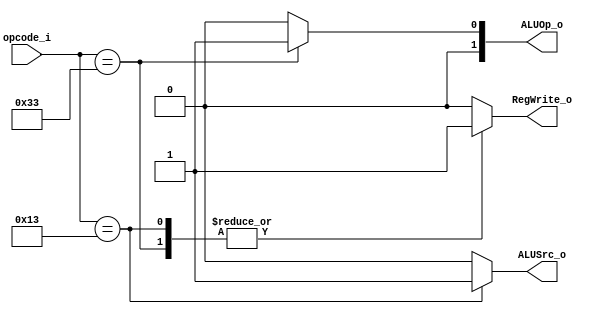
module Control
(
    opcode_i, 
    ALUOp_o, 
    ALUSrc_o,
    RegWrite_o
);

input [6:0] opcode_i;
output reg [1:0] ALUOp_o; 
output reg ALUSrc_o;
output reg RegWrite_o;

always @(*) begin
    case (opcode_i)
        7'b0010011: begin // I-type
            ALUOp_o = 2'b00;
            ALUSrc_o = 1'b1; // read imm
            RegWrite_o = 1'b1;
        end
        7'b0110011: begin // R-type
            ALUOp_o = 2'b01;
            ALUSrc_o = 1'b0; // read rs2
            RegWrite_o = 1'b1;
        end
        default: begin
            ALUOp_o = 2'b00;
            ALUSrc_o = 1'b0;
            RegWrite_o = 1'b0;
        end
    endcase
    
end

endmodule